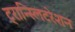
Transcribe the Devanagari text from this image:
ट्रान्स्लिटरेशन